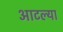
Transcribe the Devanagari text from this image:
आटल्या